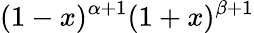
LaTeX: (1-x)^{\alpha+1}(1+x)^{\beta+1}